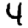
Digit: 4